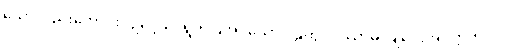
သော်လည်းကောင်း။ ဥဒ္ဒေသံ၊ ရွက်ပြအပ်သောဝါဠိကို။ ဒဿာမိ၊ ချပေးအံ့။ ဣတိ ဝါ၊